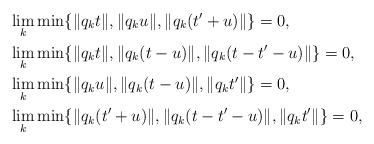
LaTeX: \begin{align*}&\lim_k \min\{\|q_k t\|, \|q_k u\|, \|q_k (t'+u)\|\} = 0, \\&\lim_k \min\{\|q_k t\|, \|q_k (t-u)\|, \|q_k (t - t' - u)\|\} = 0, \\&\lim_k \min\{\|q_k u\|, \|q_k (t-u)\|, \|q_k t'\|\} = 0, \\ &\lim_k \min\{\|q_k (t'+u)\|, \|q_k(t - t' - u)\|, \|q_k t'\|\} = 0,\end{align*}